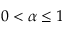
0 < \alpha \leq 1